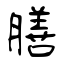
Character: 膳